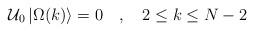
LaTeX: \begin{align*}{\cal U}_{0}\left| \Omega (k)\right\rangle =0\quad ,\quad 2\leq k\leq N-2\end{align*}